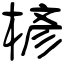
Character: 楌